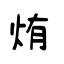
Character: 烠